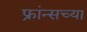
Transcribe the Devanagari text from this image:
फ्रांन्सच्या